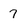
Character: 7